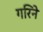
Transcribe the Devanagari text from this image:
गरिने